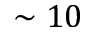
\sim 1 0